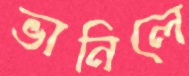
ভানিলে